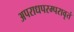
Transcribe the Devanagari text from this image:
अपराधपरम्परावृतं